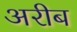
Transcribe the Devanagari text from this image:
अरीब